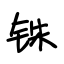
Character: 铢